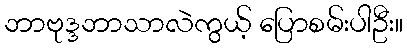
ဘာဗုဒ္ဒဘာသာလဲကွယ့် ပြောစမ်းပါဦး။